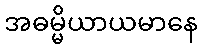
အဓမ္မိယာယမာနေ